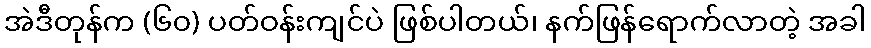
အဲဒီတုန်က (၆၀) ပတ်ဝန်းကျင်ပဲ ဖြစ်ပါတယ်၊ နက်ဖြန်ရောက်လာတဲ့ အခါ